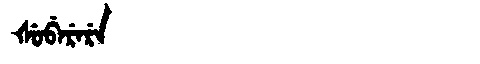
Manchu: ᡧᡠᠪᡝᡵᡝᡵᡝ
Romanization: ŠUBERERE